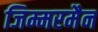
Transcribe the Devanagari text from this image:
जिम्मरमैन